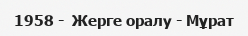
1958 -  Жерге оралу - Мұрат